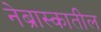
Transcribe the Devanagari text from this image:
नेब्रास्कातील